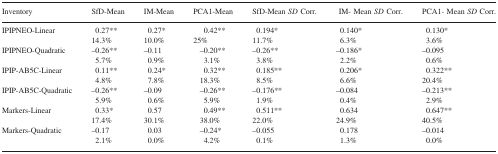
| Inventory | SfD-Mean | IM-Mean | PCA1-Mean | SfD-Mean SD Corr. | IM- Mean SD Corr. | PCA1- Mean SD Corr. |
 | --- | --- | --- | --- | --- | --- | --- |
 | IPIPNEO-Linear | 0.27** 14.3% | 0.27* 10.0% | 0.42** 25% | 0.194* 11.7% | 0.140* 6.3% | 0.130* 3.6% |
 | IPIPNEO-Quadratic | –0.26** 5.7% | –0.11 0.9% | –0.20** 3.1% | –0.26** 3.8% | –0.186* 2.2% | –0.095 0.6% |
 | IPIP-AB5C-Linear | 0.11** 4.8% | 0.24* 7.8% | 0.32** 18.3% | 0.185** 8.5% | 0.206* 6.6% | 0.322** 20.4% |
 | IPIP-AB5C-Quadratic | –0.26** 5.9% | –0.09 0.6% | –0.26** 5.9% | –0.176** 1.9% | –0.084 0.4% | –0.213** 2.9% |
 | Markers-Linear | 0.33* 17.4% | 0.57 30.1% | 0.49** 38.0% | 0.511** 22.0% | 0.634 24.9% | 0.647** 40.5% |
 | Markers-Quadratic | –0.17 2.1% | 0.03 0.0% | –0.24* 4.2% | –0.055 0.1% | 0.178 1.3% | –0.014 0.0% |